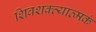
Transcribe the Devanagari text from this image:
शिवशक्त्यात्मकं